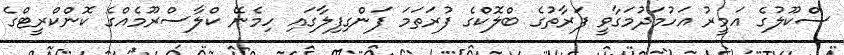
ސްކޫލުގެ އަމީރު އަހުމަދުމަގާވީ ފަރާތުގެ ބްލޮކްގެ ފުރަތަމަ ފަންގިފިލާގައި ހިމެނޭ ކްލާސްރޫމެއްގެ ކޮންކްރީޓްގެ